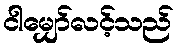
ငါမျှော်လင့်သည်